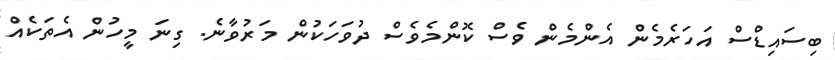
ބިސައިޑްސް އަހަރެމެން އެންމެން ވެސް ކޮންމެވެސް ދުވަހަކުން މަރުވާނެ. ގިނަ މީހުން އެތަކެއް